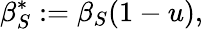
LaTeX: \beta_{S}^{*}\mathrel{\mathop:}=\beta_{S}(1-u),